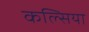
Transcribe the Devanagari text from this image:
कल्सिया